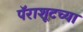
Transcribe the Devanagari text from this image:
पॅराशूटच्या